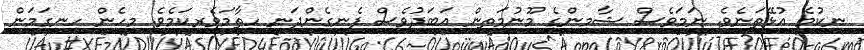
ނިކުމެ އުޅޭތަނެވެ. ނަމަވެސް ޝާމިންގެ މޫނުމަތިން އަބަދުވެސް ފެނިގެންދަނީ ހިތާމަވެރިކަމެވެ. މިހެން ހިނގަމަން